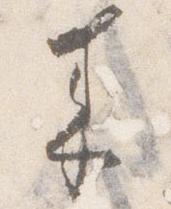
来